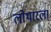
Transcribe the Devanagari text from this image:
लोथारला